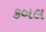
કબલ